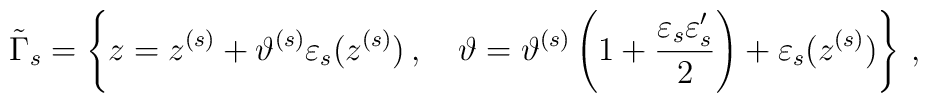
\tilde\Gamma_s=\left\{z=z^{(s)} +\vartheta^{(s)}\varepsilon_s(z^{(s)})\,,\quad\vartheta=\vartheta^{(s)}\left(1+\frac{\varepsilon_s\varepsilon'_s}2\right)+\varepsilon_s(z^{(s)})\right\}\,,